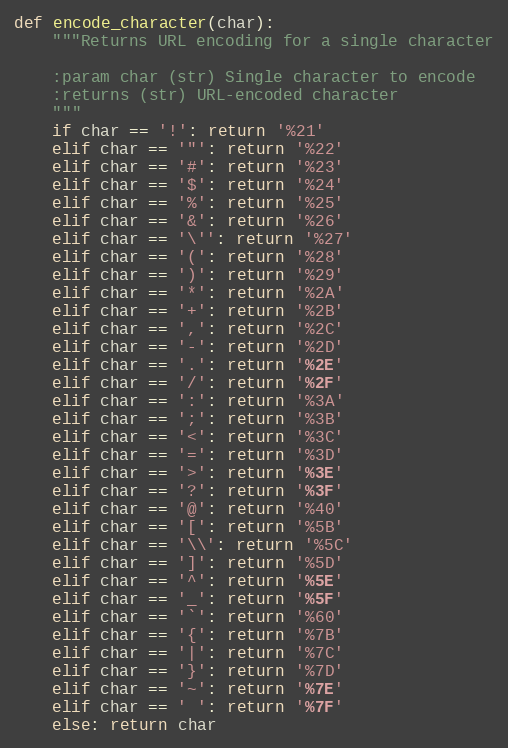
Language: Python
def encode_character(char):
    """Returns URL encoding for a single character

    :param char (str) Single character to encode
    :returns (str) URL-encoded character
    """
    if char == '!': return '%21'
    elif char == '"': return '%22'
    elif char == '#': return '%23'
    elif char == '$': return '%24'
    elif char == '%': return '%25'
    elif char == '&': return '%26'
    elif char == '\'': return '%27'
    elif char == '(': return '%28'
    elif char == ')': return '%29'
    elif char == '*': return '%2A'
    elif char == '+': return '%2B'
    elif char == ',': return '%2C'
    elif char == '-': return '%2D'
    elif char == '.': return '%2E'
    elif char == '/': return '%2F'
    elif char == ':': return '%3A'
    elif char == ';': return '%3B'
    elif char == '<': return '%3C'
    elif char == '=': return '%3D'
    elif char == '>': return '%3E'
    elif char == '?': return '%3F'
    elif char == '@': return '%40'
    elif char == '[': return '%5B'
    elif char == '\\': return '%5C'
    elif char == ']': return '%5D'
    elif char == '^': return '%5E'
    elif char == '_': return '%5F'
    elif char == '`': return '%60'
    elif char == '{': return '%7B'
    elif char == '|': return '%7C'
    elif char == '}': return '%7D'
    elif char == '~': return '%7E'
    elif char == ' ': return '%7F'
    else: return char